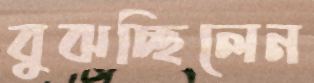
বুঝচ্ছিলেন